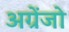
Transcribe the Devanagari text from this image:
अग्रेंजो